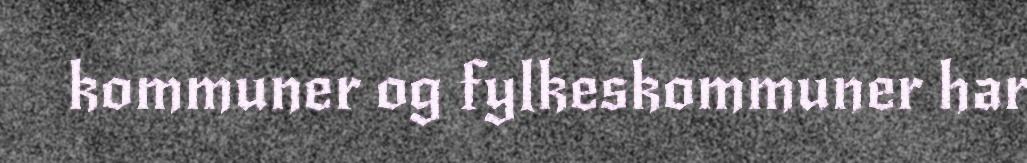
kommuner og fylkeskommuner har